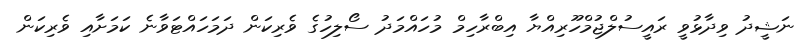
ނަޝީދު ވިދާޅުވީ ރައީސުލްޖުމްހޫރިއްޔާ އިބްރާހިމް މުހައްމަދު ސޯލިހުގެ ވެރިކަން ދަމަހައްޓަވާނެ ކަމަށާއި ވެރިކަން